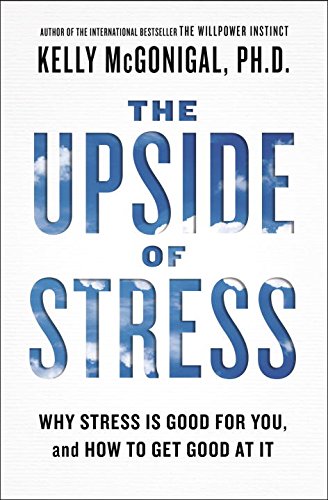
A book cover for The Upside of Stress: Why Stress Is Good for You, and How to Get Good at It; Kelly McGonigal; Self-Help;